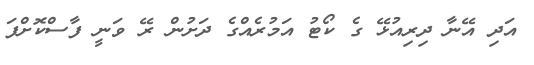
އަދި އޭނާ ދިރިއުޅޭ ގެ ކޯޓު އަމުރެއްގެ ދަށުން ރޭ ވަނީ ފާސްކޮށްފަ